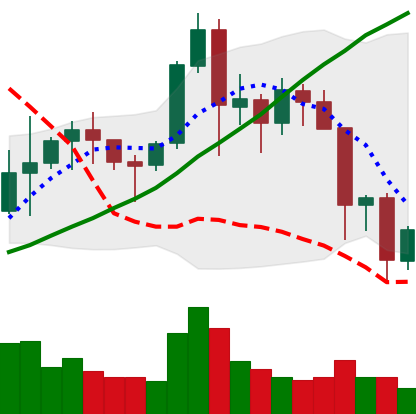
Ticker: NEO-USD
Chart end date: 2021-11-19
Forward return: -4.807%
Label: down_3_5